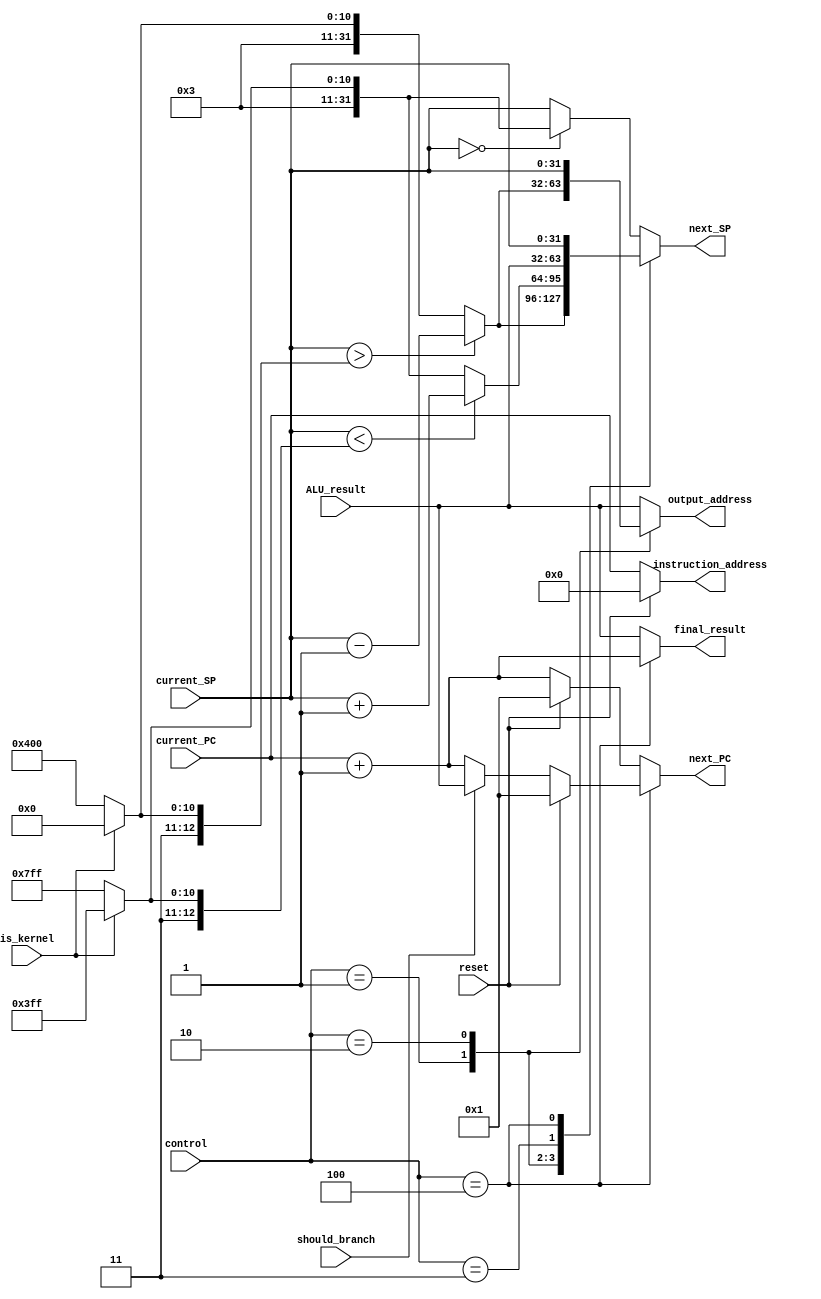
module MemoryAddressHandler #(
    parameter WORD_SIZE = 32,
    parameter KERNEL_STACK_TOP = 6144,
    parameter KERNEL_STACK_BOTTOM = 7167,
    parameter USER_STACK_TOP = 7168,
    parameter USER_STACK_BOTTOM = 8191,
    parameter MAX_NUMBER = 32'hffffffff

)(
    input is_kernel, should_branch, reset,
    input [2 : 0] control,
    input [(WORD_SIZE - 1) : 0]  ALU_result, current_PC, current_SP,
    output reg [(WORD_SIZE - 1) : 0] next_SP, output_address,
    output reg [(WORD_SIZE - 1) : 0] final_result, next_PC,
    output [(WORD_SIZE - 1) : 0] instruction_address
);

    /* PC behavior */
    wire [(WORD_SIZE - 1) : 0] incr_pc, r_incr_pc;
    assign incr_pc = current_PC + 1;
    assign r_incr_pc = reset ? 1 : incr_pc;
    assign instruction_address = reset ? 0 : current_PC;

    //Stack behavior
    wire [(WORD_SIZE - 1): 0] top_stack, bottom_stack;
    assign top_stack = is_kernel ? KERNEL_STACK_TOP : USER_STACK_TOP;
    assign bottom_stack = is_kernel ? KERNEL_STACK_BOTTOM : USER_STACK_BOTTOM;


    always @( * ) begin
        case (control)
            /* PUSH address math: Store in Memory, remove from Register*/
            1:begin
                next_SP = (current_SP > top_stack) ? current_SP - 1 : top_stack;
                output_address = next_SP;
                next_PC = r_incr_pc;
                final_result = ALU_result;
            end

            /* POP address math: Load into Register, remove from memory*/
            2:begin
                next_SP = (current_SP < bottom_stack) ? current_SP + 1 : bottom_stack;
                output_address = current_SP;
                next_PC = r_incr_pc;
                final_result = ALU_result;
            end

            /* ALU Calculated SP change */
            3:begin
                next_SP = ALU_result;
                output_address = ALU_result;
                next_PC = r_incr_pc;
                final_result = ALU_result;
            end

            /* Branch and Link */            
            4:begin
                next_PC = reset ? 1 : (should_branch ? ALU_result : incr_pc);
                final_result = incr_pc;
                next_SP = current_SP;
                output_address = ALU_result;
            end

            default: begin
                next_PC = r_incr_pc;
                final_result = ALU_result;
                output_address = ALU_result;
                next_SP = (current_SP == 0) ? bottom_stack: current_SP;
            end
        endcase
    end

endmodule